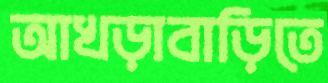
আখড়াবাড়িতে